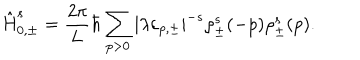
LaTeX: \hat { \mathrm { H } } _ { 0 , \pm } ^ { s } = \frac { 2 \pi } { 2 \pi } { L } \hbar \sum _ { p > 0 } | { \lambda } { \varepsilon } _ { p , \pm } | ^ { - s } { \rho } _ { \pm } ^ { s } ( - p ) { \rho } _ { \pm } ^ { s } ( p ) .